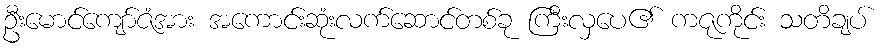
ဦးမောင်ကျော်ဇံအား အကောင်းဆုံးလက်ဆောင်တစ်ခု ကြီးလှပေ၏ ကဇုကိုင်း သတိချပ်